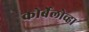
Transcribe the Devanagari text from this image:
कोर्बेलोव्हा